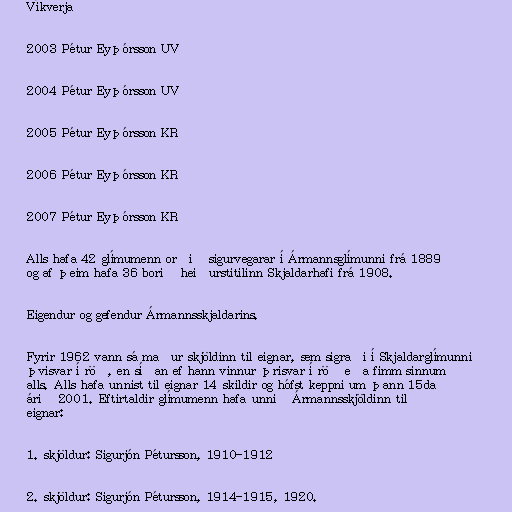
Víkverja

2003 Pétur Eyþórsson UV

2004 Pétur Eyþórsson UV

2005 Pétur Eyþórsson KR

2006 Pétur Eyþórsson KR

2007 Pétur Eyþórsson KR

Alls hafa 42 glímumenn orðið sigurvegarar í Ármannsglímunni frá 1889
og af þeim hafa 36 borið heiðurstitilinn Skjaldarhafi frá 1908.

Eigendur og gefendur Ármannsskjaldarins.

Fyrir 1962 vann sá maður skjöldinn til eignar, sem sigraði í Skjaldarglímunni
þvisvar í röð, en síðan ef hann vinnur þrisvar í röð eða fimm sinnum
alls. Alls hafa unnist til eignar 14 skildir og hófst keppni um þann 15da
árið 2001. Eftirtaldir glímumenn hafa unnið Ármannsskjöldinn til
eignar:

1. skjöldur: Sigurjón Pétursson, 1910-1912

2. skjöldur: Sigurjón Pétursson, 1914-1915, 1920.